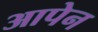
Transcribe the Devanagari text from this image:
आपेन